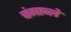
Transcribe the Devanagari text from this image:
चंगाब्ले